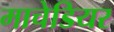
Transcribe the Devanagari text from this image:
माचेडियर